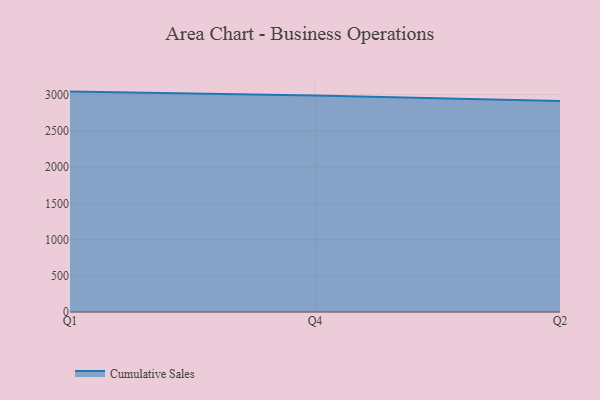
{"axis": {"x": "Quarter", "y": "Gross Profit (USD K)"}, "legend": ["Cumulative Sales"], "data": [{"x": "Q1", "y": 3042.3, "type": "Cumulative Sales"}, {"x": "Q4", "y": 2989.4, "type": "Cumulative Sales"}, {"x": "Q2", "y": 2913.0, "type": "Cumulative Sales"}]}